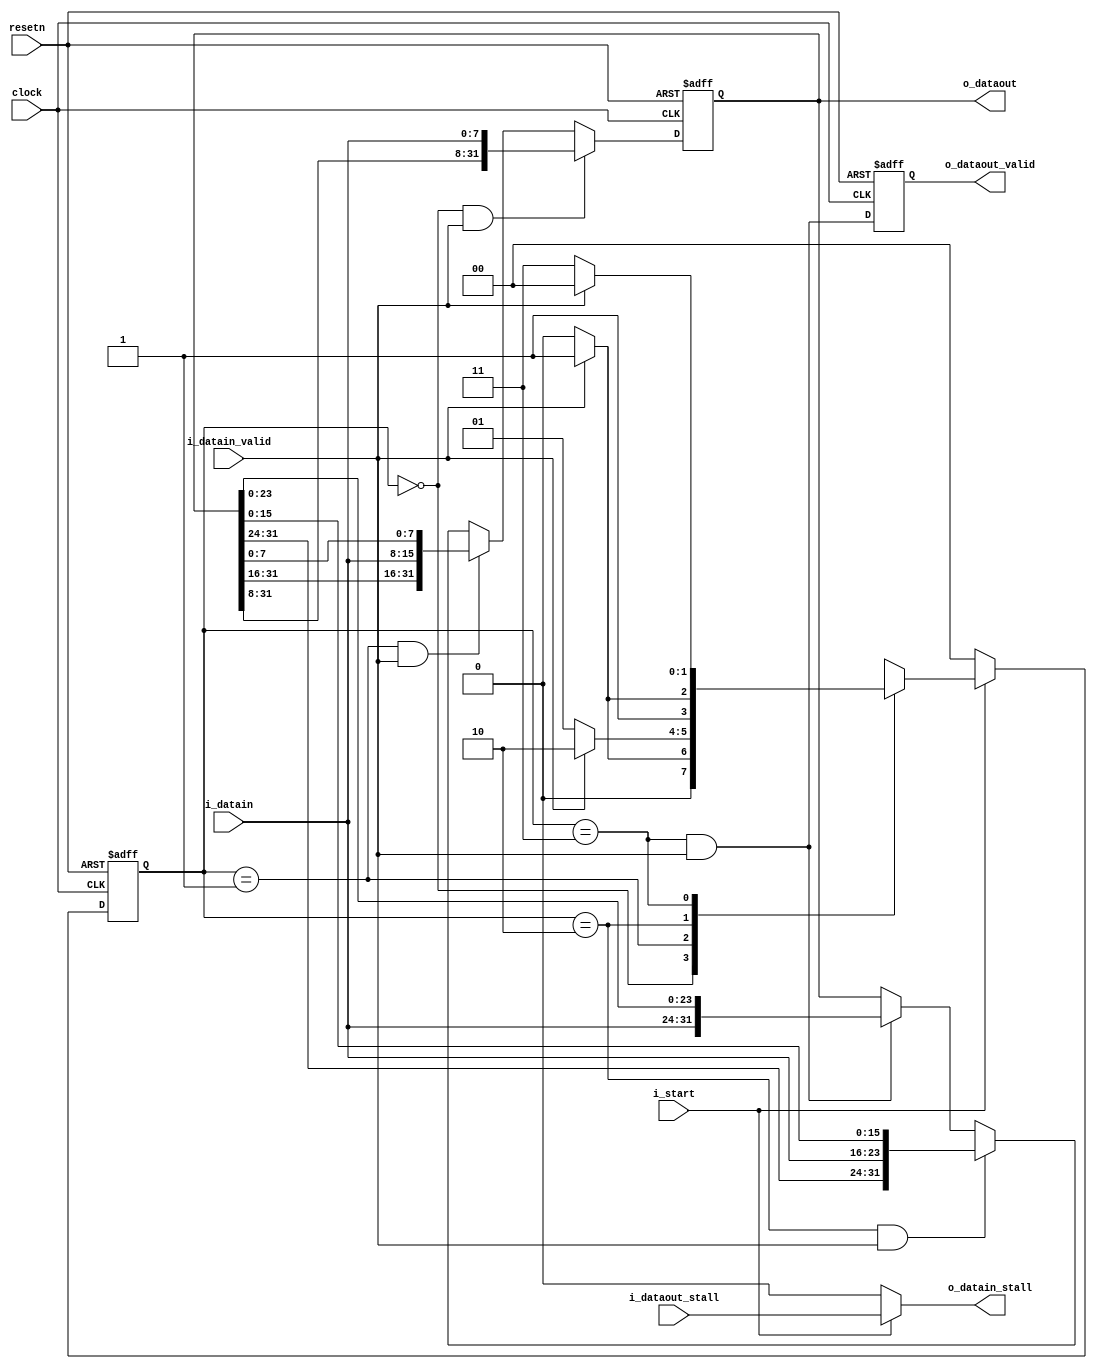
module vfabric_up_converter(clock, resetn, i_start,
  i_datain, i_datain_valid, o_datain_stall, 
  o_dataout, i_dataout_stall, o_dataout_valid);

parameter DATAIN_WIDTH = 8;
parameter DATAOUT_WIDTH = 32;

 input clock, resetn, i_start;
 input [DATAIN_WIDTH-1:0] i_datain;
 input i_datain_valid;
 output o_datain_stall;
 output [DATAOUT_WIDTH-1:0] o_dataout;
 input i_dataout_stall;
 output o_dataout_valid;
 
// Specify state machine states.
parameter s_IDLE = 2'b00;
parameter s_RECEIVED_B1 = 2'b01;
parameter s_RECEIVED_B2 = 2'b10;
parameter s_RECEIVED_B3 = 2'b11;

// State and next_state variables
reg [1:0] present_state, next_state;

reg [DATAOUT_WIDTH-1:0] data_received;

// Simple state machine to store 1 byte per cycle, for 4 cycles, 
// then output it downstream
always@(*)
begin
   case (present_state)
    s_IDLE: if (i_datain_valid)
                next_state <= s_RECEIVED_B1;
             else
                next_state <= s_IDLE;
                
    s_RECEIVED_B1: if (i_datain_valid)
                 next_state <= s_RECEIVED_B2; 
               else 
                 next_state <= s_RECEIVED_B1; 
    s_RECEIVED_B2: if (i_datain_valid)
                 next_state <= s_RECEIVED_B3; 
               else 
                 next_state <= s_RECEIVED_B2; 
    s_RECEIVED_B3: if (i_datain_valid)
                 next_state <= s_IDLE; 
               else 
                 next_state <= s_RECEIVED_B3; 
              
    default: next_state <= 3'bxxx;
   endcase	 
end

// Simple state machine to save 1 byte per cycle
always@(posedge clock or negedge resetn)
begin
  if (~resetn)
    data_received <= {DATAOUT_WIDTH{1'b0}};
  else
  begin
    if ((present_state == s_IDLE) & i_datain_valid)
      data_received <= {data_received[4*DATAIN_WIDTH-1:DATAIN_WIDTH], i_datain};
    else if ((present_state == s_RECEIVED_B1) & i_datain_valid)
      data_received <= {data_received[4*DATAIN_WIDTH-1:2*DATAIN_WIDTH], i_datain, data_received[DATAIN_WIDTH-1:0] };
    else if ((present_state == s_RECEIVED_B2) & i_datain_valid)
      data_received <= {data_received[4*DATAIN_WIDTH-1:3*DATAIN_WIDTH], i_datain, data_received[2*DATAIN_WIDTH-1:0] };
    else if ((present_state == s_RECEIVED_B3) & i_datain_valid)
      data_received <= {i_datain, data_received[3*DATAIN_WIDTH-1:0] };
    else
      data_received <= data_received;
  end
end 

always@(posedge clock or negedge resetn)
begin
  if (~resetn)
    o_dataout_valid <= 1'b0;
  else
  begin
    o_dataout_valid <= (present_state == s_RECEIVED_B3) & i_datain_valid;
  end
end

// State assignment
always@(posedge clock or negedge resetn)
begin
  if (~resetn)
     present_state <= s_IDLE;
  else
     present_state <= (i_start) ? next_state : s_IDLE;
end

  assign o_dataout = data_received;
  assign o_datain_stall = (i_start) ? i_dataout_stall : 1'b0;
endmodule